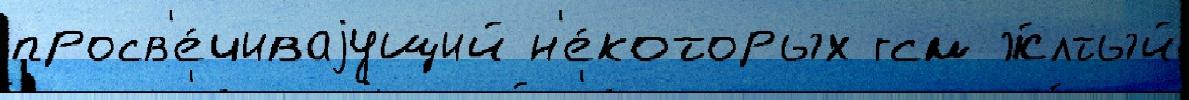
просв'е́чиваjущий н'е́которых гсм ж́лтый